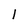
Character: 1